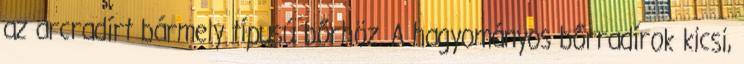
az arcradírt bármely típusú bőrhöz. A hagyományos bőrradírok kicsi,